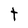
Character: t